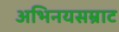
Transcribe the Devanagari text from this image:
अभिनयसम्राट